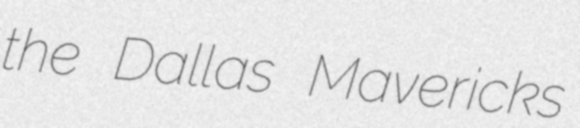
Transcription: the Dallas Mavericks